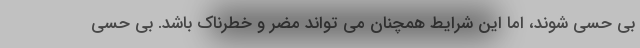
بی حسی شوند، اما این شرایط همچنان می تواند مضر و خطرناک باشد. بی حسی